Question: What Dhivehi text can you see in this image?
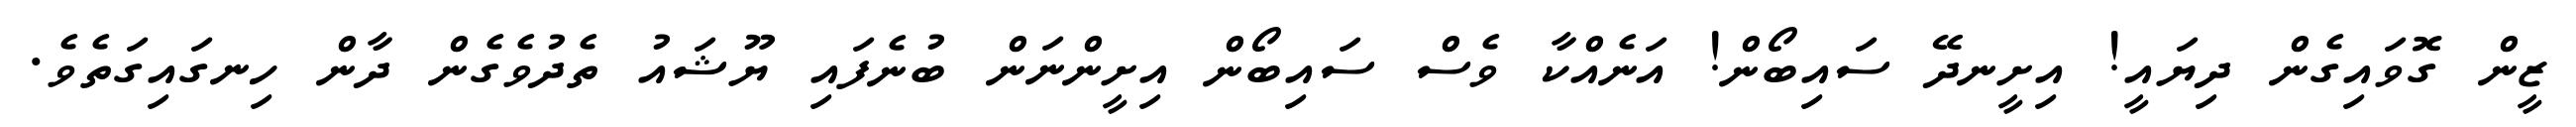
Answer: ޒީން ގޮވައިގެން ދިޔައީ! އިށީނދޭ ސައިބޯން! އަނެއްކާ ވެސް ސައިބޯން އިށީންނަން ބުނެފައި ޔޫޝައު ތެދުވެގެން ދާން ހިނގައިގަތެވެ.